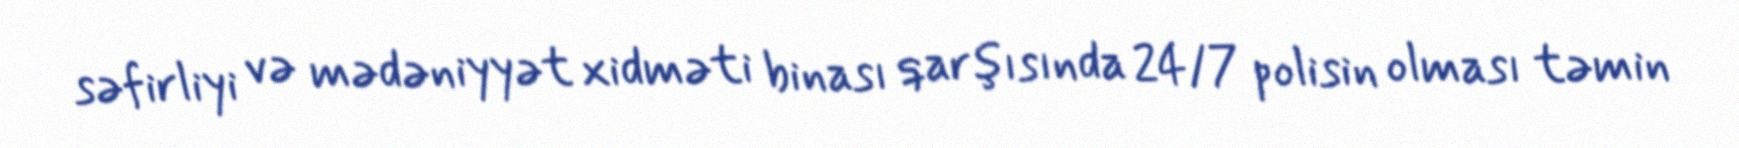
səfirliyi və mədəniyyət xidməti binası qarşısında 24/7 polisin olması təmin